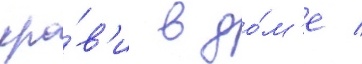
кро́в'и в до́м'е /